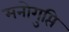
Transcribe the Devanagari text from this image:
मनोगुप्ति